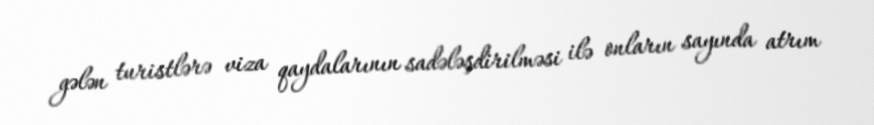
gələn turistlərə viza qaydalarının sadələşdirilməsi ilə onların sayında atrım